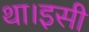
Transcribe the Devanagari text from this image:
था।इसी